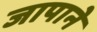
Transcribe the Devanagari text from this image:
जापाने